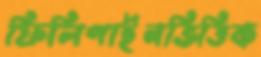
ফিলিপাইনভিত্তিক